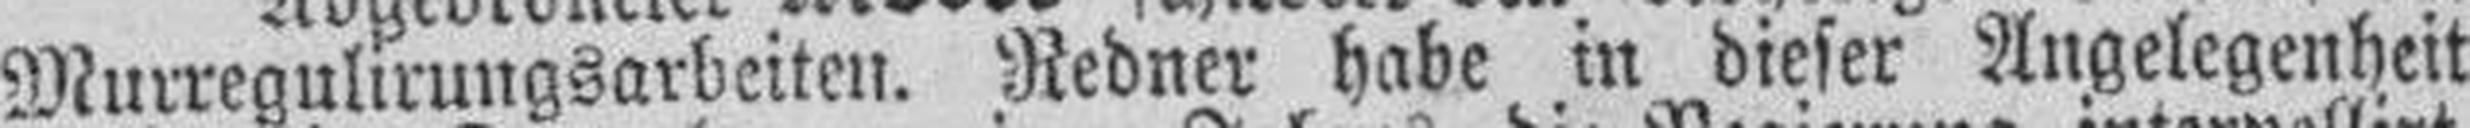
Murregulirungsarbeiten. Redner habe in dieser Angelegenheit